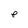
Character: e